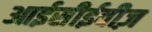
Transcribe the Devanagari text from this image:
आईसीईवीज़